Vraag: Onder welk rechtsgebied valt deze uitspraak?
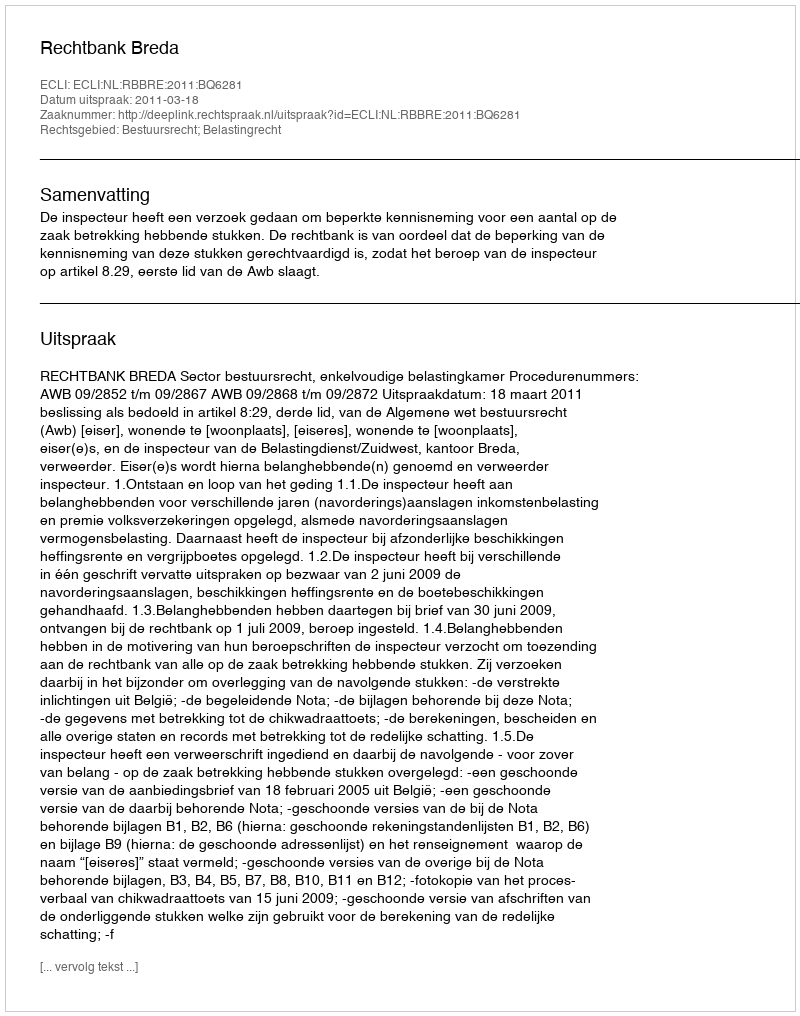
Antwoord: Bestuursrecht; Belastingrecht